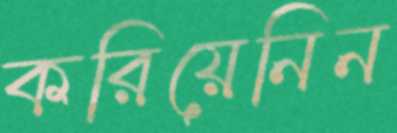
করিয়েনিন